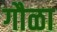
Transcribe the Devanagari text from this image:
गौळा